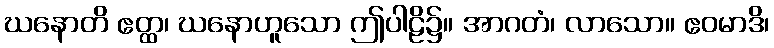
ဃနောတိ ဧတ္ထ၊ ဃနောဟူသော ဤပါဠိ၌။ အာဂတံ၊ လာသော။ ဧဝမာဒိ၊